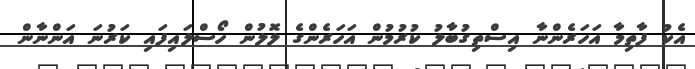
އެކު ފާތިމާ އަހަރެންނާ އިސްތިގުބާލު ކުރުމުން އަހަރެންގެ ލޮލުން ހޯސްލައިފައި ކަރުނަ އަންނާން